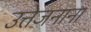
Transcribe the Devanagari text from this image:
उत्तेजनाना